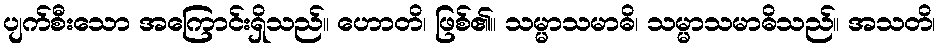
ပျက်စီးသော အကြောင်းရှိသည်။ ဟောတိ၊ ဖြစ်၏။ သမ္မာသမာဓိ၊ သမ္မာသမာဓိသည်။ အသတိ၊